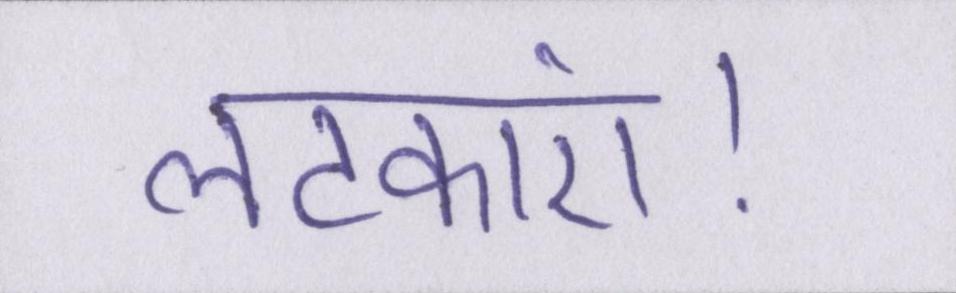
लटकाएं।